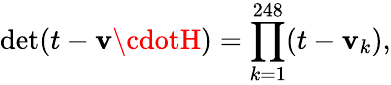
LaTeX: \operatorname*{det}(t-\mathbf{v}\cdotH)=\prod_{k=1}^{248}(t-\mathbf{v}_{k}),